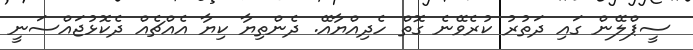
ސީޕްލޭން ގައި ދަތުރު ކުރެވޭނެ ގޮތް ހެދިއްޔާއޭ. ދެންތިޔާ ކިޔާ އެއްޗެއް ދެކޮޅުޖައްސަނީ